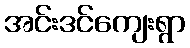
အင်းဒင်ကျေးရွာ